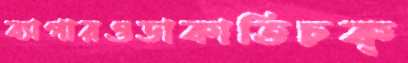
ব্যাপারওডাকাতিচক্